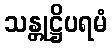
သန္တုဋ္ဌိပရမံ